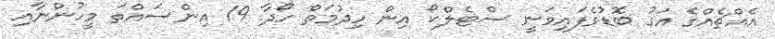
އެއްޗެއްގެ އަގު ބޮޑުވެފައިވަނީ ސްޓެލްކޯ އިން ހިދުމަތް ހޯދާ 19 އިންސައްތަ މީހުންނާއި